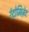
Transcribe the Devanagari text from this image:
रंदोमिज़ेद